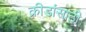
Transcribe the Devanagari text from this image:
क्रीडांसाठी